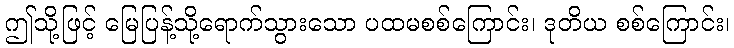
ဤသို့ဖြင့် မြေပြန့်သို့ရောက်သွားသော ပထမစစ်ကြောင်း၊ ဒုတိယ စစ်ကြောင်း၊